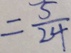
= \frac { 5 } { 2 4 }